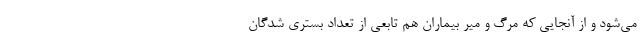
می‌شود و از آنجایی که مرگ و میر بیماران هم تابعی از تعداد بستری شدگان